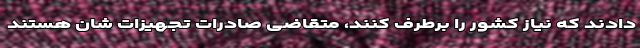
دادند که نیاز کشور را برطرف کنند، متقاضی صادرات تجهیزات شان هستند